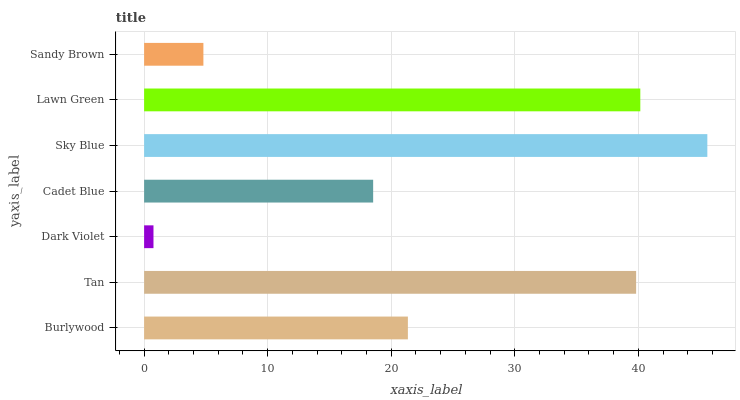
| yaxis_label | bars |
 | --- | --- |
 | Burlywood | 21.3 |
 | Tan | 39.8 |
 | Dark Violet | 0.758 |
 | Cadet Blue | 18.5 |
 | Sky Blue | 45.6 |
 | Lawn Green | 40.2 |
 | Sandy Brown | 4.8 |